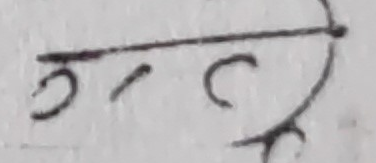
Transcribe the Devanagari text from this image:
उन्ट